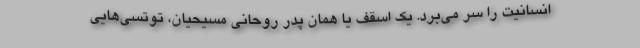
انسانیت را سر می‌برد. یک اسقف یا همان پدر روحانی مسیحیان، توتسی‌هایی